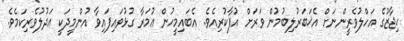
ޙިޖާޒުގެ އަހްލުވެރީންނަށް އެޚަބަރުލިބުމުން ވަރަށް އުފާކުރިއެވެ. އެބައިމީހުން ޢުމަރާ ގުޅުވައިފައިވާ އުންމީދަކީ ޢަދުލުވެރިކަމެވެ.